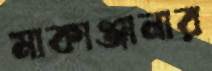
মাকাঞ্জানার